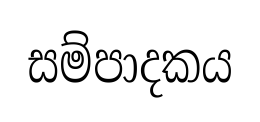
සම්පාදකය